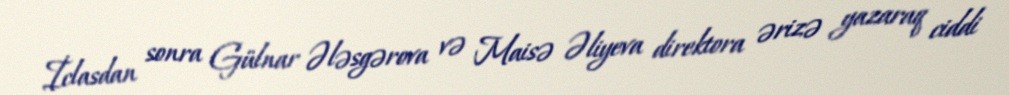
İclasdan sonra Gülnar Ələsgərova və Maisə Əliyeva direktora ərizə yazaraq ciddi